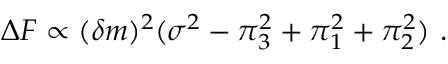
\Delta F \propto ( \delta m ) ^ { 2 } ( \sigma ^ { 2 } - \pi _ { 3 } ^ { 2 } + \pi _ { 1 } ^ { 2 } + \pi _ { 2 } ^ { 2 } ) ~ .